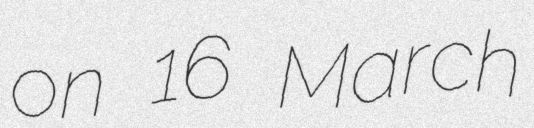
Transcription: on 16 March